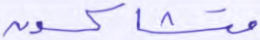
متشاكسون